Civil Veterinary Dept. Bombay admin report 1932-41 - 1932-1941
Year: 1932
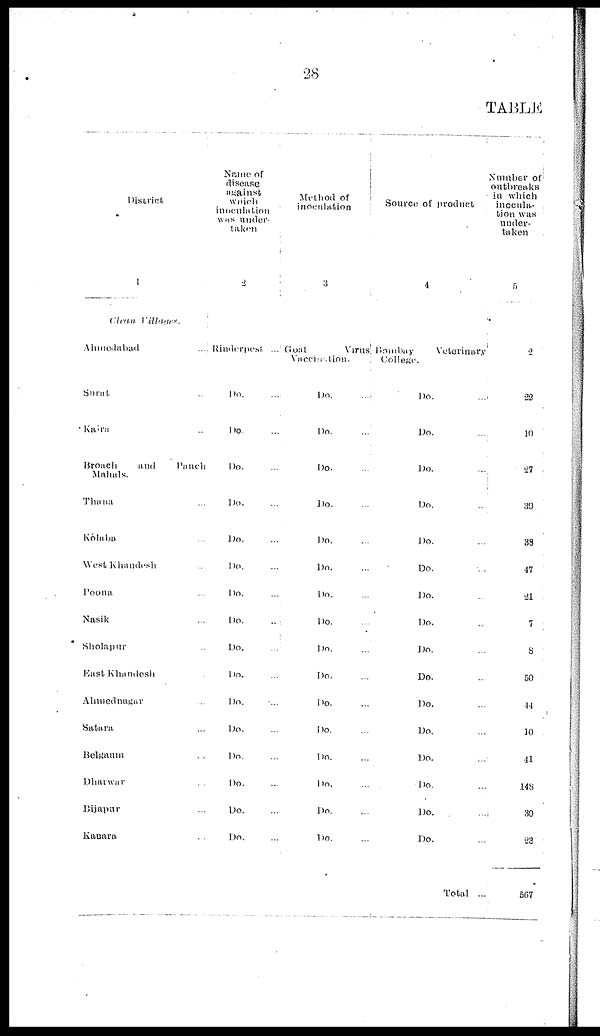
28
TABLE
District
1
Clean
Villages.
Ahmedabad
...
Surat ...
Kaira ...
Broach
and
Panch
Mahals.
Thana ...
Kólaba ...
West Khanadesh ...
Poona ...
Nasik ...
Sholapur ...
East Khandesh ...
Ahmednagar ...
Satara ...
Belgaum ...
Dharwar ...
Bijapur ...
Kanara ...
Name of
disease
against
which
inoculation
was under-
taken
2
Rinderepest ...
Do. ...
Do. ...
Do. ...
Do. ...
Do. ...
Do. ...
Do. ...
Do. ...
Do. ...
Do. ...
Do. ...
Do. ...
Do. ...
Do. ...
Do. ...
Do. ...
Method of
inoculation
3
Goat
Virus
Vaccination.
Do.
...
Do. ...
Do. ...
Do. ...
Do. ...
Do. ...
Do. ...
Do. ...
Do. ...
Do. ...
Do. ...
Do. ...
Do. ...
Do. ...
Do. ...
Do. ...
Source of product
4
Bombay
Veterinary
College.
Do. ...
Do.
...
Do. ...
Do. ...
Do. ...
Do. ...
Do. ...
Do. ...
Do. ...
Do. ...
Do. ...
Do. ...
Do. ...
Do. ...
Do. ...
Do. ...
Total ...
Number of
outbreaks
in which
inocula-
tion was
under-
taken
5
2
22
10
27
39
38
47
21
7
8
50
44
10
41
148
30
23
567